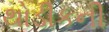
થોડીકની